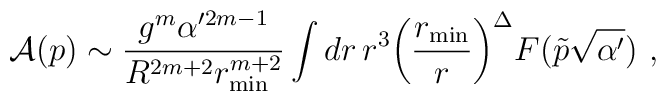
{\cal A}(p) \sim  \frac{g^m \alpha'^{2m - 1}}{R^{2m+2}r_{\rm min}^{m+2}} \int dr \, r^3\biggl(\frac{r_{\rm min}}{r}\biggr)^{\Delta} F(\tilde p\sqrt{\alpha'}) \ ,